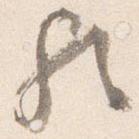
歟